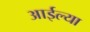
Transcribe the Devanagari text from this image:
आईल्या